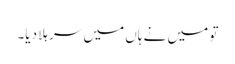
تو میں نے ہاں میں سر ہلا دیا۔